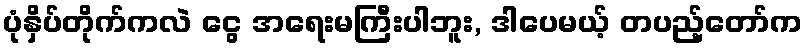
ပုံနှိပ်တိုက်ကလဲ ငွေ အရေးမကြီးပါဘူး, ဒါပေမယ့် တပည့်တော်က